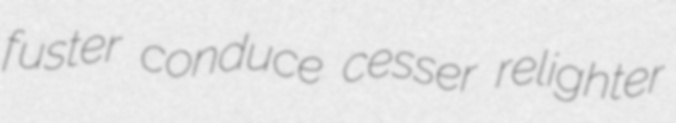
fuster conduce cesser relighter